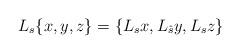
LaTeX: \begin{align*}L_s\{x,y,z\}&=\{L_s x, L_{\hat{s}} y, L_s z\}\end{align*}